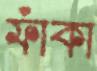
ফাঁকা